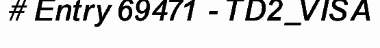
# Entry 69471 - TD2_VISA